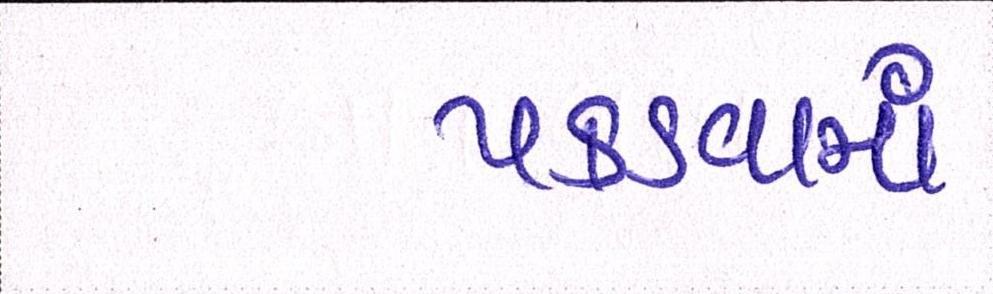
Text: પકડવામાં